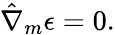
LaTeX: \hat{\nabla}_{m}\epsilon=0.